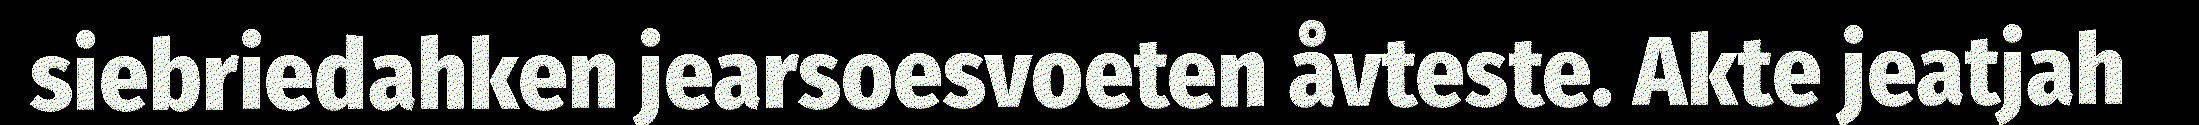
siebriedahken jearsoesvoeten åvteste. Akte jeatjah